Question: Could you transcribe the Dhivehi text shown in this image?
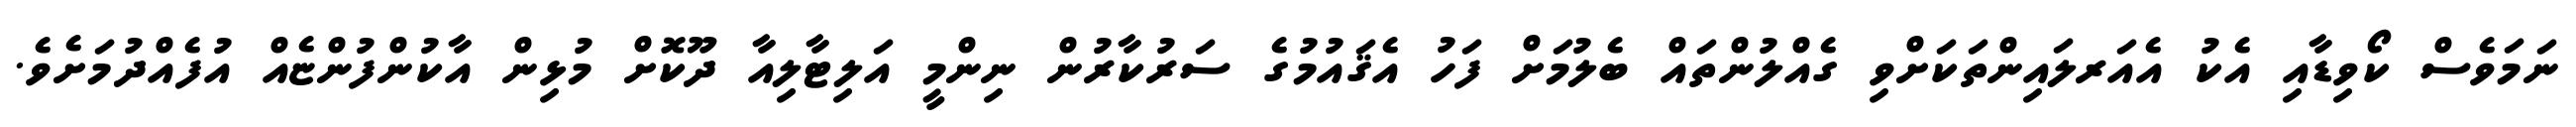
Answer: ނަމަވެސް ކޯވިޑާއި އެކު އެއަރލައިންތަކަށްވި ގެއްލުންތައް ބެލުމަށް ފަހު އެޤައުމުގެ ސަރުކާރުން ނިންމީ އަލިޓާލިއާ ދޫކޮށް މުޅިން އާކުންފުންޏެއް އުފެއްދުމަށެވެ.